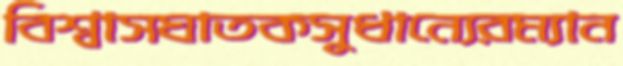
বিশ্বাসঘাতকসুধান্যেরম্যান